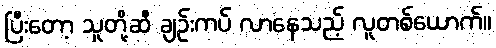
ပြီးတော့ သူတို့ဆီ ချဉ်းကပ် လာနေသည့် လူတစ်ယောက်။